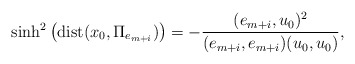
\begin{align*}\sinh^2\left(\mathrm{dist}(x_0, \Pi_{e_{m+i}})\right) = -\frac{(e_{m+i},u_0)^2}{(e_{m+i},e_{m+i})(u_0,u_0)},\end{align*}